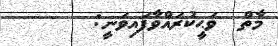
މާތް  ވަޙީކުރައްވާފައިވަނީ: